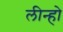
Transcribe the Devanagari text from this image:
लीन्‍हो